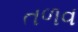
તળવ